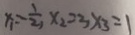
x _ { 1 } = - \frac { 1 } { 2 } , x _ { 2 } = 3 x _ { 3 } = 1